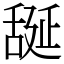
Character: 𦧝